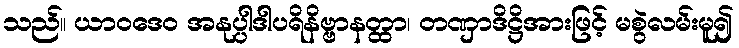
သည်။ ယာဝဒေဝ အနုပ္ပါဒါပရိနိဗ္ဗာနတ္ထာ၊ တဏှာဒိဋ္ဌိအားဖြင့် မစွဲလမ်းမူ၍